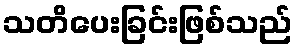
သတိပေးခြင်းဖြစ်သည်